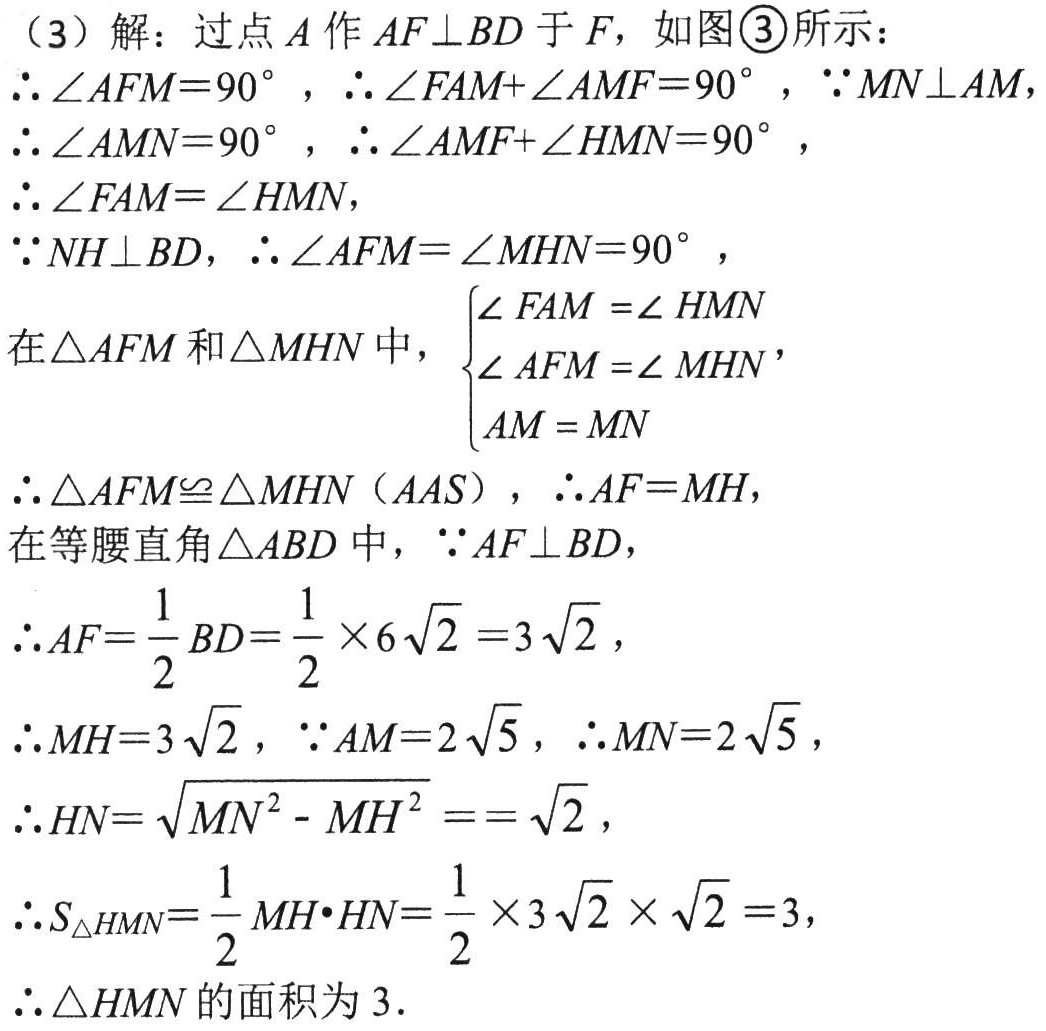
（3）解：过点\(A\)作\(AF\perp BD\)于\(F\)，如图\textcircled{3}所示：

\(\therefore\angle AFM = 90^{\circ}\)，\(\therefore\angle FAM+\angle AMF = 90^{\circ}\)，\(\because MN\perp AM\)

\(\therefore\angle AMN = 90^{\circ}\)，\(\therefore\angle AMF+\angle HMN = 90^{\circ}\)，

\(\therefore\angle FAM=\angle HMN\)，

\(\because NH\perp BD\)，\(\therefore\angle AFM=\angle MHN = 90^{\circ}\)，

在\(\triangle AFM\)和\(\triangle MHN\)中，\(\begin{cases}

\angle FAM=\angle HMN\\

\angle AFM=\angle MHN\\

AM = MN

\end{cases}\)

\(\therefore\triangle AFM\cong\triangle MHN\)（\(AAS\)），\(\therefore AF = MH\)，

在等腰直角\(\triangle ABD\)中，\(\because AF\perp BD\)，

\(\therefore AF=\frac{1}{2}BD=\frac{1}{2}\times6\sqrt{2}=3\sqrt{2}\)，

\(\therefore MH = 3\sqrt{2}\)，\(\because AM = 2\sqrt{5}\)，\(\therefore MN = 2\sqrt{5}\)，

\(\therefore HN=\sqrt{MN^{2}-MH^{2}}==\sqrt{2}\)，

\(\therefore S_{\triangle HMN}=\frac{1}{2}MH\cdot HN=\frac{1}{2}\times3\sqrt{2}\times\sqrt{2}=3\)，

\(\therefore\triangle HMN\)的面积为\(3\)．